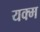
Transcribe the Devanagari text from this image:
यक्म